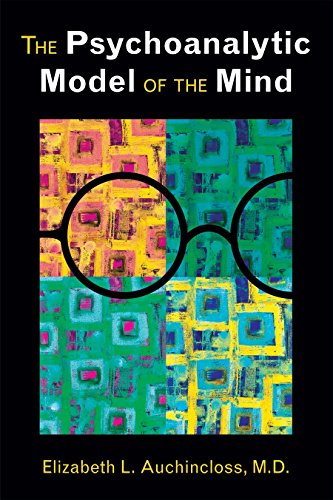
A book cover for The Psychoanalytic Model of the Mind; Elizabeth L. Auchincloss; Medical Books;